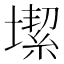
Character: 𡐤